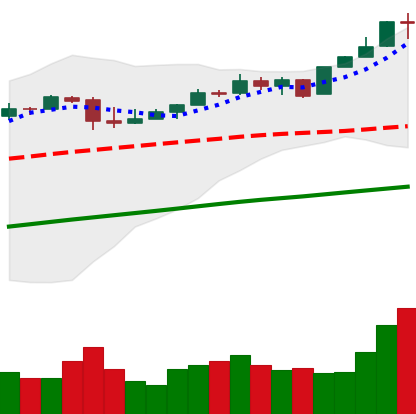
Ticker: BTC-USD
Chart end date: 2017-04-28
Forward return: 13.187%
Label: up_7plus